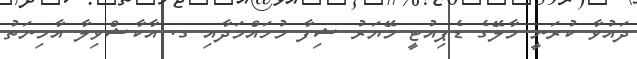
ދައުވާ ކުރަނީ މާލޭގެ ޑެޕިއުޓީ މޭޔަރު ޝިފާ މުހައްމަދާއި ގ. އާކާޝްވިލާ އާމިނަތު